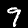
Label: 9